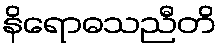
နိရောဓသညီတိ